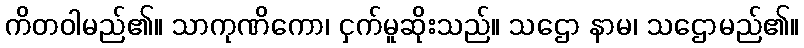
ကိတဝါမည်၏။ သာကုဏိကော၊ ငှက်မူဆိုးသည်။ သဌော နာမ၊ သဌောမည်၏။